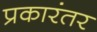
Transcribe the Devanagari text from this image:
प्रकारंतर